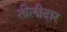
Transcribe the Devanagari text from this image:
तीलीदार